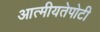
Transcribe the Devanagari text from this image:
आत्मीयतेपोटी